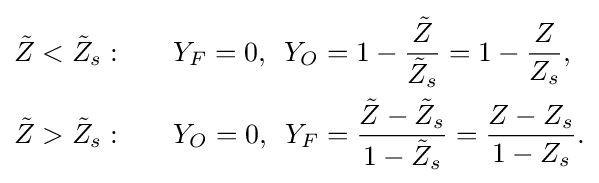
{\begin{aligned}{\tilde {Z}}<{\tilde {Z}}_{s}:&\qquad Y_{F}=0,\,\,\,Y_{O}=1-{\frac {\tilde {Z}}{{\tilde {Z}}_{s}}}=1-{\frac {Z}{Z_{s}}},\\{\tilde {Z}}>{\tilde {Z}}_{s}:&\qquad Y_{O}=0,\,\,\,Y_{F}={\frac {{\tilde {Z}}-{\tilde {Z}}_{s}}{1-{\tilde {Z}}_{s}}}={\frac {Z-Z_{s}}{1-Z_{s}}}.\end{aligned}}